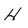
Character: H